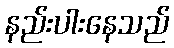
နည်းပါးနေသည်